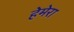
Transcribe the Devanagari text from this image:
हेमेरा